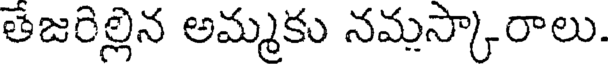
తేజరిల్లిన అమ్మకు నమస్కారాలు.